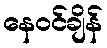
နေဝင်ချိန်